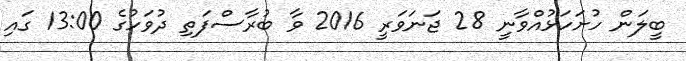
ބީލަން ހުށަހަޅުއްވާނީ 28 ޖަނަވަރީ 2016 ވާ ބުރާސްފަތި ދުވަހުގެ 13:00 ގައި